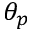
\theta _ { p }